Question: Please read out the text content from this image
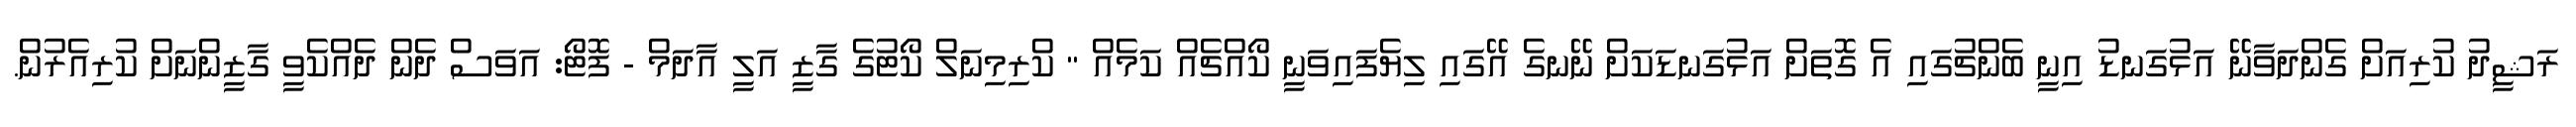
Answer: ރަޝީދު ކުރިއަށް ގެންދަވާނޭ އަޅުގަނޑު އިނީ ބެންޗުގައި އެ ގޮތަށް އަޅުގަނޑަކަށް ނޭނގެ އޭގައި ލިޔެފައިވަނީ ކޯއްޗެއް ކަމެއް " ކްރިމިނަލް ކޯޓުގެ ގާޒީ އަލީ އާދަމް - ފޮޓޯ: އަވަސް ދެން ދެއްކެވީ ގާޒީންނަށް ކުރިއެރުން.